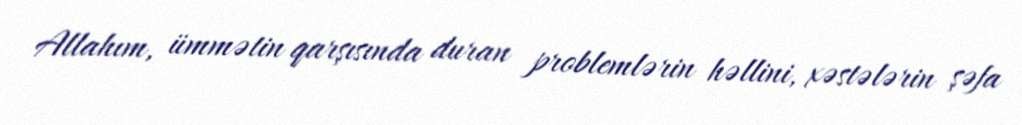
Allahım, ümmətin qarşısında duran problemlərin həllini, xəstələrin şəfa